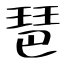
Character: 琶